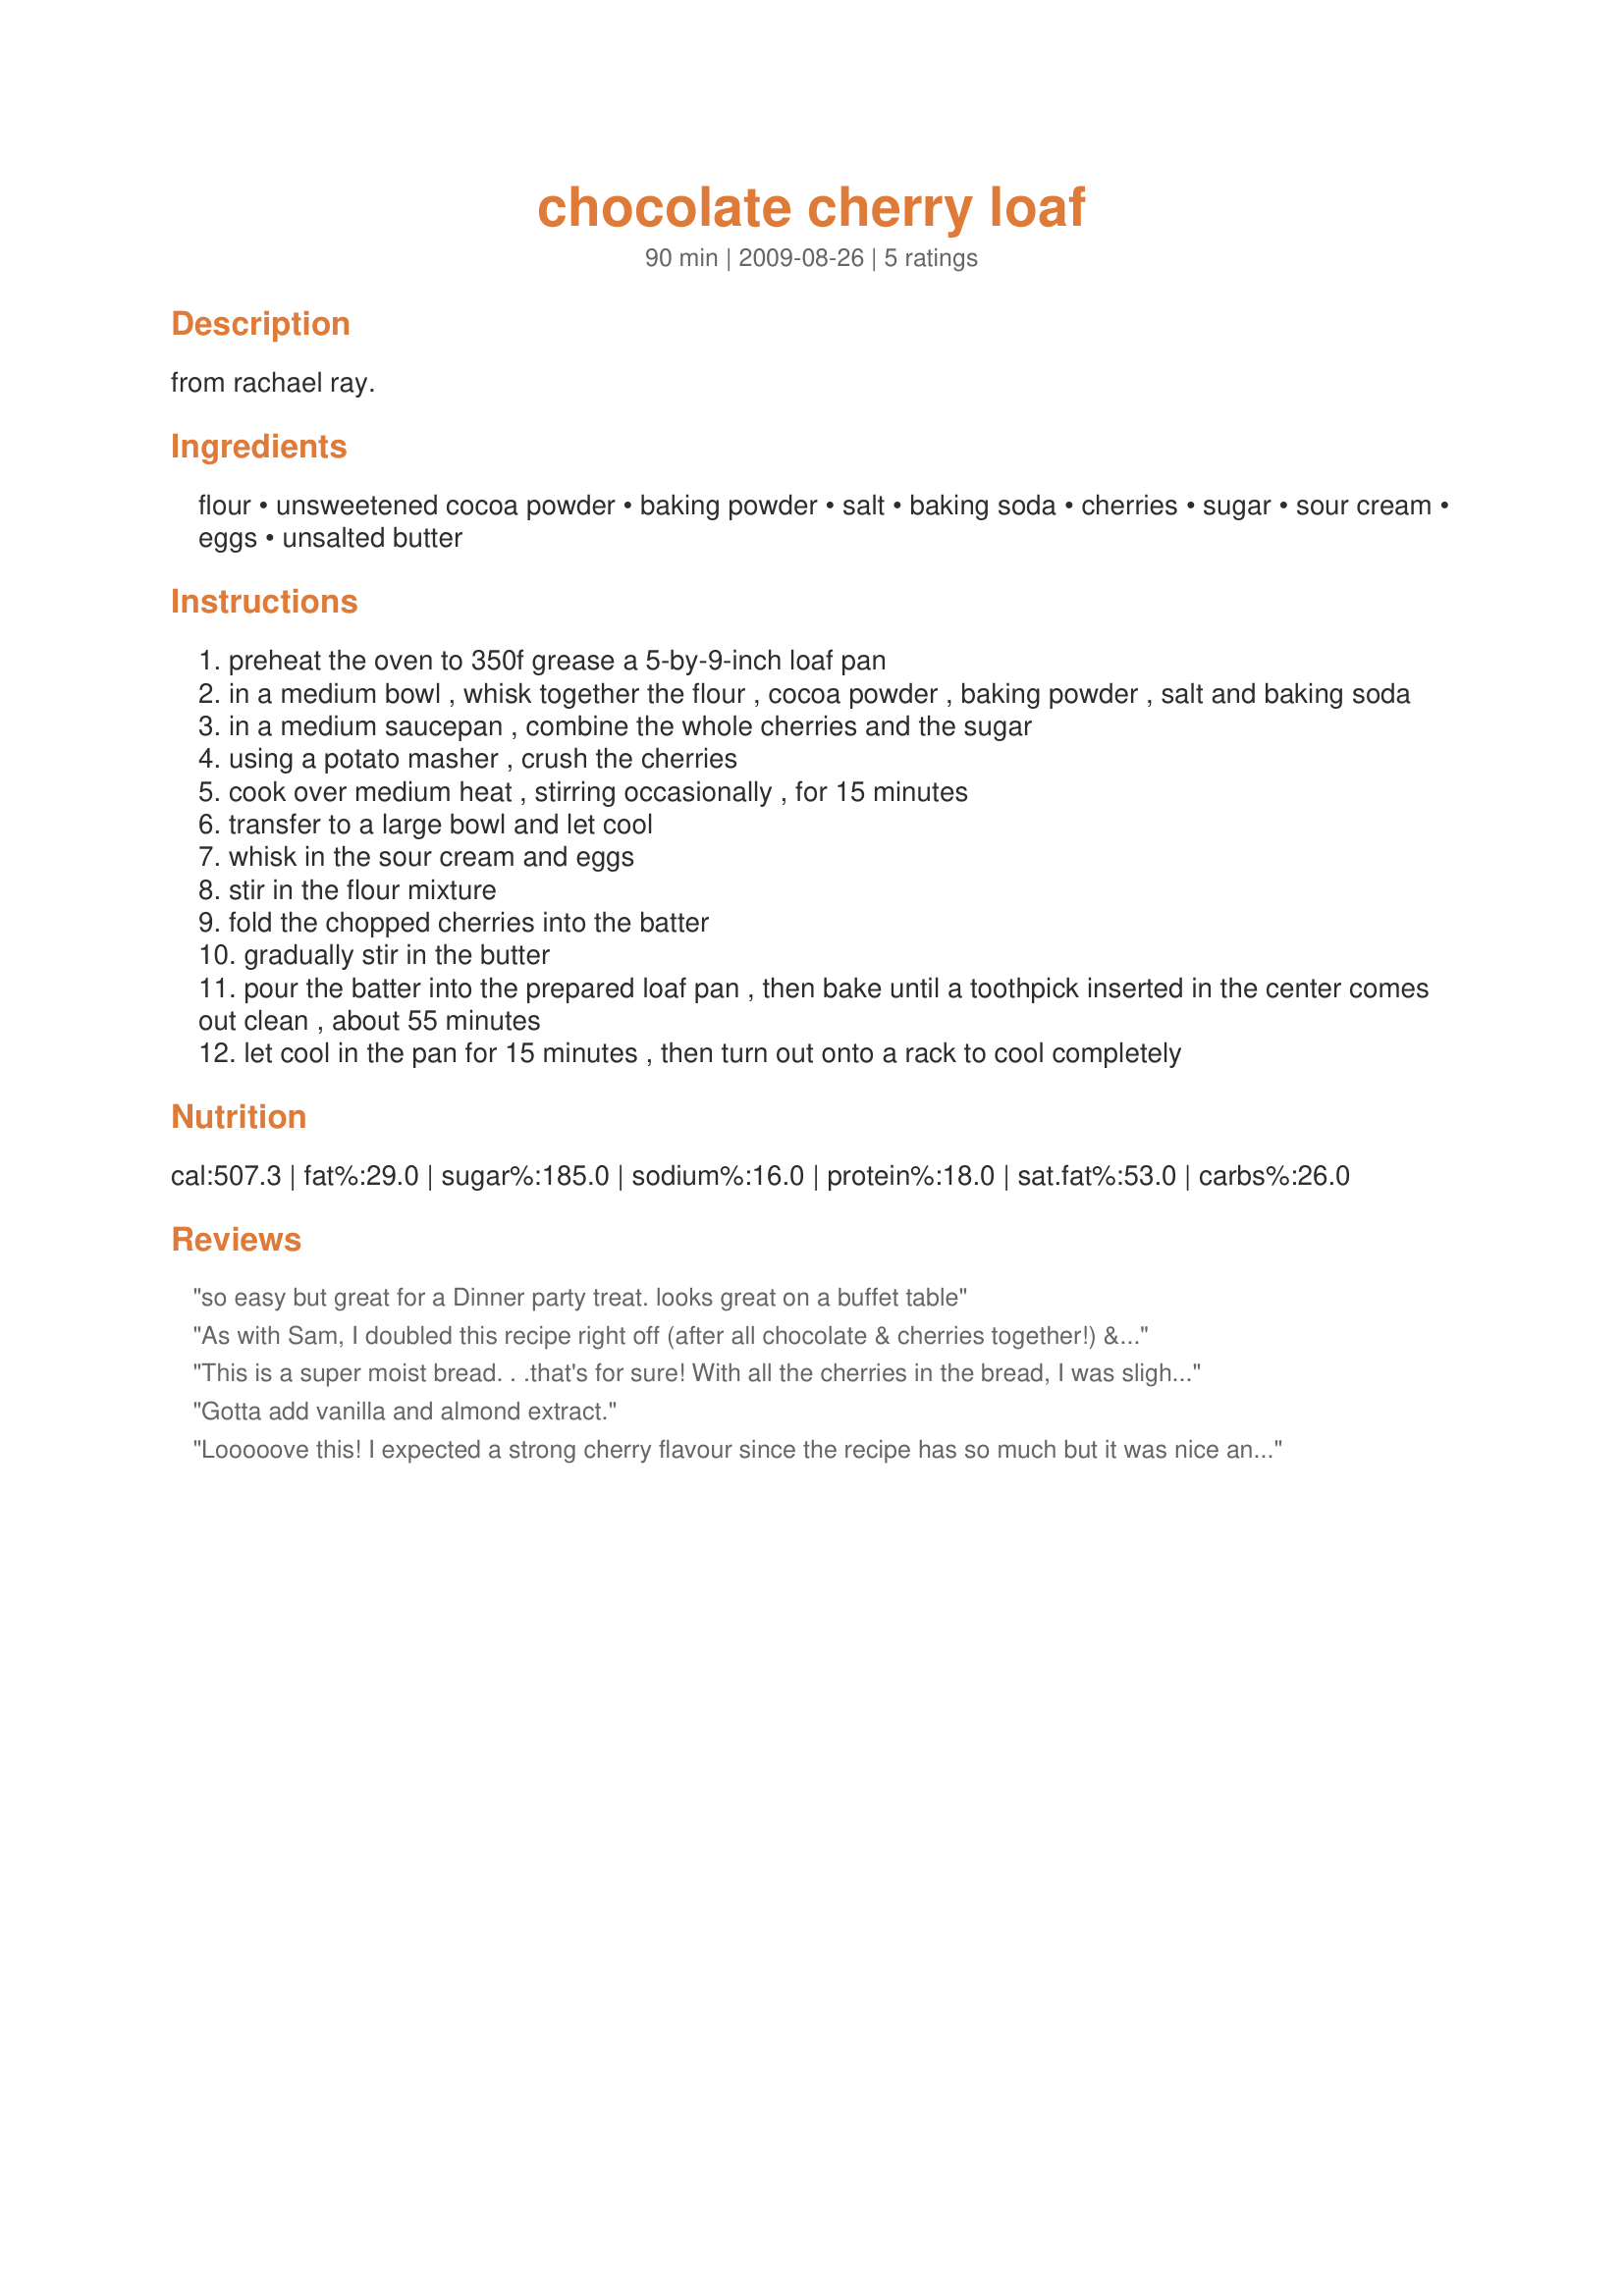
chocolate cherry loaf
Preparation time: 90 minutes

from rachael ray.

Ingredients:
flour, unsweetened cocoa powder, baking powder, salt, baking soda, cherries, sugar, sour cream, eggs, unsalted butter

Steps:
preheat the oven to 350f grease a 5-by-9-inch loaf pan
in a medium bowl , whisk together the flour , cocoa powder , baking powder , salt and baking soda
in a medium saucepan , combine the whole cherries and the sugar
using a potato masher , crush the cherries
cook over medium heat , stirring occasionally , for 15 minutes
transfer to a large bowl and let cool
whisk in the sour cream and eggs
stir in the flour mixture
fold the chopped cherries into the batter
gradually stir in the butter
pour the batter into the prepared loaf pan , then bake until a toothpick inserted in the center comes out clean , about 55 minutes
let cool in the pan for 15 minutes , then turn out onto a rack to cool completely

Reviews:
so easy but great for a Dinner party treat. looks great on a buffet table
As with Sam, I doubled this recipe right off (after all chocolate & cherries together!) & now that the 2nd one is frozen, I'm on the lookout for a great cherry sauce that I can serve with it! Very easy to make, & OUTSTANDING TASTE, too! Definitely a keeper here! [Tagged, made & reviewed in 1-2-3 Hit Wonders tag]
This is a super moist bread. . .that's for sure! With all the cherries in the bread, I was slightly disappointed that there wasn't more flavor in the bread. Next time, I am going to add some dried tart cherries and some chocolate chips to see if that fixes it! UPDATE: I just made this again and tried adding 1/4 cup tart dried cherries and 1/4 cup chocolate chips. While the dried cherries did help with the cherry flavor, my review at a 4 stands true. Made for photo tag. Thanks Boomie!!
Gotta add vanilla and almond extract.
Looooove this! I expected a strong cherry flavour since the recipe has so much but it was nice and subtle and perfect! Mine and my sister's family ate the whole loaf for dessert. I'm so glad I doubled the recipe and threw the 2nd in the freezer before anyone tasted it!
